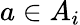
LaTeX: a\in A_{i}